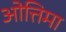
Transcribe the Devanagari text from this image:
ओत्तिमा